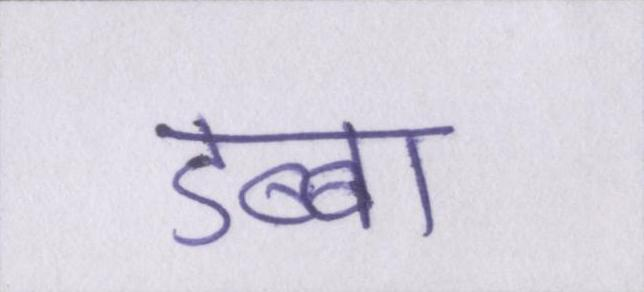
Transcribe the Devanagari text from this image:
डब्बा